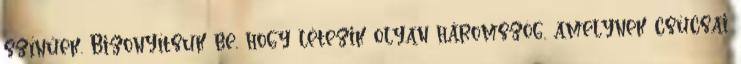
színűek. Bizonyítsuk be, hogy létezik olyan háromszög, amelynek csúcsai